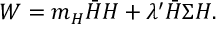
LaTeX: W = m _ { H } \bar { H } H + \lambda ^ { \prime } \bar { H } \Sigma H .